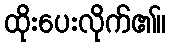
ထိုးပေးလိုက်၏။